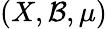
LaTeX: (X,{\mathcal{B}},\mu)